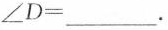
$$\angle D=___$$。